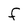
Character: F